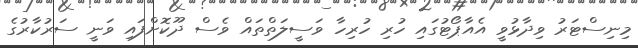
މިނިސްޓަރު ވިދާޅުވީ އެއާޕޯޓުގައި ހުރި ހުރިހާ ވަސީލަތްތައް ވެސް ދޫކޮށްފައި ވަނީ ސަރުކާރުގެ